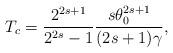
LaTeX: \begin{align*}T_c=\displaystyle\frac{2^{2s+1}}{2^{2s}-1}\displaystyle\frac{s\theta_0^{2s+1}}{(2s+1)\gamma},\end{align*}